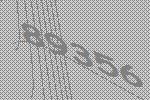
89356